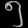
Digit: ၅